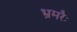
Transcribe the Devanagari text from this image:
भ्रमरैः